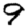
Digit: 9